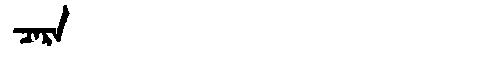
Manchu: ᠴᠠᡵᠠ
Romanization: CARA